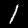
Digit: 1